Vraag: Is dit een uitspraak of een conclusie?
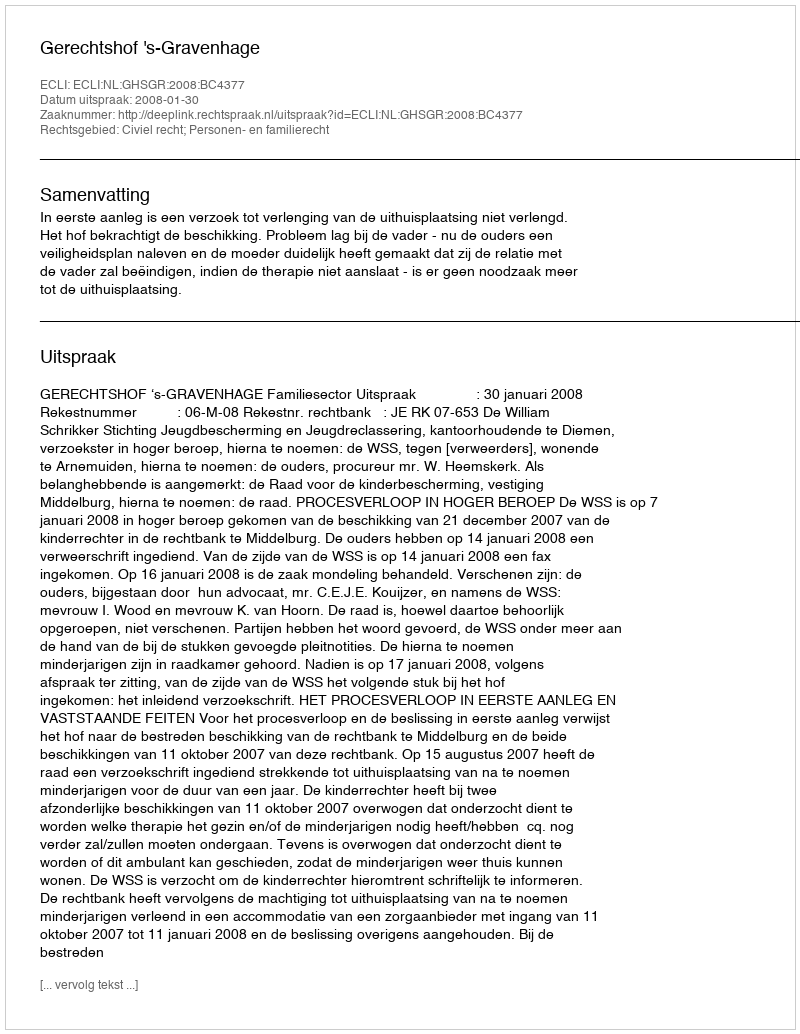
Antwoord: Uitspraak